Document type: Sale
Year: 1235
Scribe: Pere de Bages
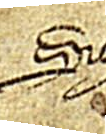
Sig